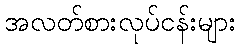
အလတ်စားလုပ်ငန်းများ